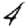
Digit: 4